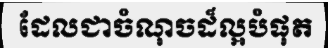
ដែលជាចំណុចដ៏ល្អបំផុត